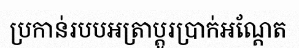
ប្រកាន់របបអត្រាប្តូរប្រាក់អណ្តែត